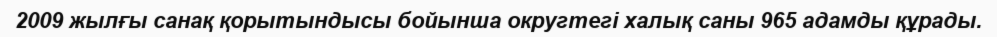
2009 жылғы санақ қорытындысы бойынша округтегі халық саны 965 адамды құрады.